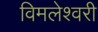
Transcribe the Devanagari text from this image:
विमलेश्वरी